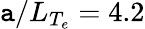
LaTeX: \mathtt{a}/L_{T_{e}}=4.2